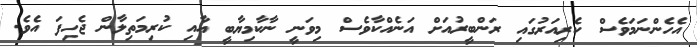
އެހެންނަމަވެސް ކެރިއަރުގައި ރަންބީރުއަށް އަނެއްކާވެސް މިވަނީ ނާކާމިޔާބީ އާއި ކުރިމަތިލާން ޖެހިފަ އެވެ.